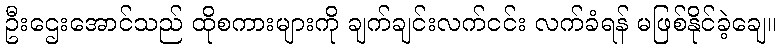
ဦးဌေးအောင်သည် ထိုစကားများကို ချက်ချင်းလက်ငင်း လက်ခံရန် မဖြစ်နိုင်ခဲ့ချေ။